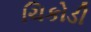
ચિકોડી